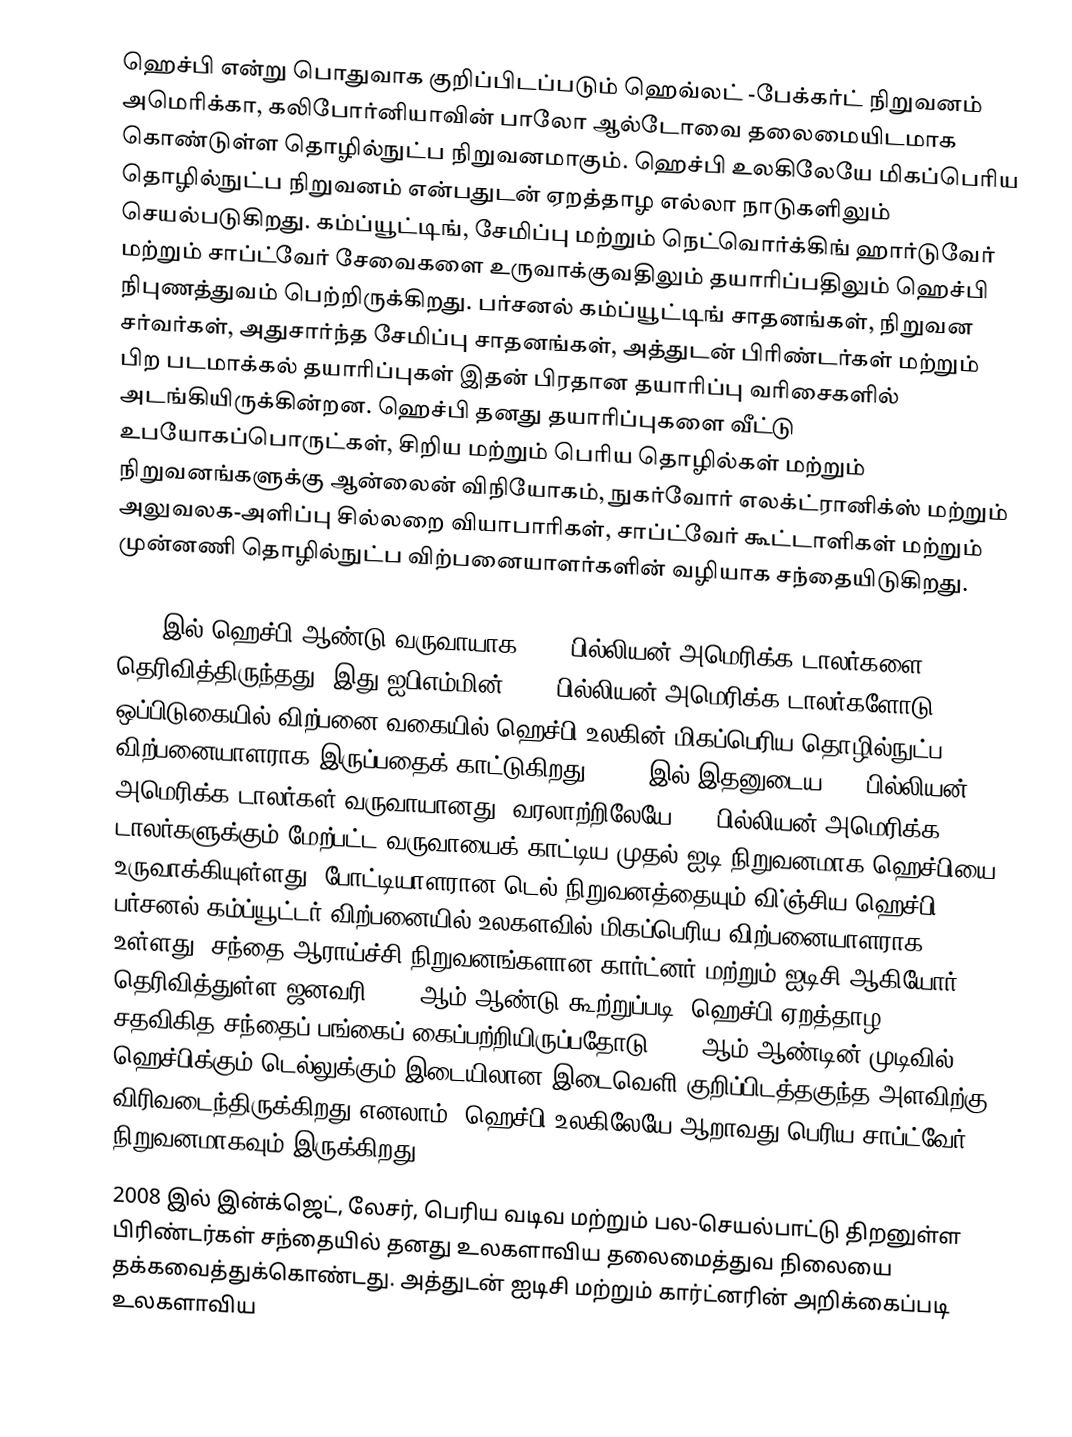
ஹெச்பி என்று பொதுவாக குறிப்பிடப்படும் ஹெவ்லட் -பேக்கர்ட் நிறுவனம் அமெரிக்கா, கலிபோர்னியாவின் பாலோ ஆல்டோவை தலைமையிடமாக கொண்டுள்ள தொழில்நுட்ப நிறுவனமாகும். ஹெச்பி உலகிலேயே மிகப்பெரிய தொழில்நுட்ப நிறுவனம் என்பதுடன் ஏறத்தாழ எல்லா நாடுகளிலும் செயல்படுகிறது. கம்ப்யூட்டிங், சேமிப்பு மற்றும் நெட்வொர்க்கிங் ஹார்டுவேர் மற்றும் சாப்ட்வேர் சேவைகளை உருவாக்குவதிலும் தயாரிப்பதிலும் ஹெச்பி நிபுணத்துவம் பெற்றிருக்கிறது. பர்சனல் கம்ப்யூட்டிங் சாதனங்கள், நிறுவன சர்வர்கள், அதுசார்ந்த சேமிப்பு சாதனங்கள், அத்துடன் பிரிண்டர்கள் மற்றும் பிற படமாக்கல் தயாரிப்புகள் இதன் பிரதான தயாரிப்பு வரிசைகளில் அடங்கியிருக்கின்றன. ஹெச்பி தனது தயாரிப்புகளை வீட்டு உபயோகப்பொருட்கள், சிறிய மற்றும் பெரிய தொழில்கள் மற்றும் நிறுவனங்களுக்கு ஆன்லைன் விநியோகம், நுகர்வோர் எலக்ட்ரானிக்ஸ் மற்றும் அலுவலக-அளிப்பு சில்லறை வியாபாரிகள், சாப்ட்வேர் கூட்டாளிகள் மற்றும் முன்னணி தொழில்நுட்ப விற்பனையாளர்களின் வழியாக சந்தையிடுகிறது.

2006 இல் ஹெச்பி ஆண்டு வருவாயாக 91.7 பில்லியன் அமெரிக்க டாலர்களை தெரிவித்திருந்தது, இது ஐபிஎம்மின் 91.4 பில்லியன் அமெரிக்க டாலர்களோடு ஒப்பிடுகையில் விற்பனை வகையில் ஹெச்பி உலகின் மிகப்பெரிய தொழில்நுட்ப விற்பனையாளராக இருப்பதைக் காட்டுகிறது. 2007 இல் இதனுடைய 104 பில்லியன் அமெரிக்க டாலர்கள் வருவாயானது, வரலாற்றிலேயே 100 பில்லியன் அமெரிக்க டாலர்களுக்கும் மேற்பட்ட வருவாயைக் காட்டிய முதல் ஐடி நிறுவனமாக ஹெச்பியை உருவாக்கியுள்ளது. போட்டியாளரான டெல் நிறுவனத்தையும் வி்ஞ்சிய ஹெச்பி, பர்சனல் கம்ப்யூட்டர் விற்பனையில் உலகளவில் மிகப்பெரிய விற்பனையாளராக உள்ளது, சந்தை ஆராய்ச்சி நிறுவனங்களான கார்ட்னர் மற்றும் ஐடிசி ஆகியோர் தெரிவித்துள்ள ஜனவரி 2008 ஆம் ஆண்டு கூற்றுப்படி; ஹெச்பி ஏறத்தாழ 3.9 சதவிகித சந்தைப் பங்கைப் கைப்பற்றியிருப்பதோடு 2007 ஆம் ஆண்டின் முடிவில் ஹெச்பிக்கும் டெல்லுக்கும் இடையிலான இடைவெளி குறிப்பிடத்தகுந்த அளவிற்கு விரிவடைந்திருக்கிறது எனலாம். ஹெச்பி உலகிலேயே ஆறாவது பெரிய சாப்ட்வேர் நிறுவனமாகவும் இருக்கிறது.
 2008 இல் இன்க்ஜெட், லேசர், பெரிய வடிவ மற்றும் பல-செயல்பாட்டு திறனுள்ள பிரிண்டர்கள் சந்தையில் தனது உலகளாவிய தலைமைத்துவ நிலையை தக்கவைத்துக்கொண்டது. அத்துடன் ஐடிசி மற்றும் கார்ட்னரின் அறிக்கைப்படி உலகளாவிய